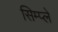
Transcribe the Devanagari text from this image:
सिम्प्ले